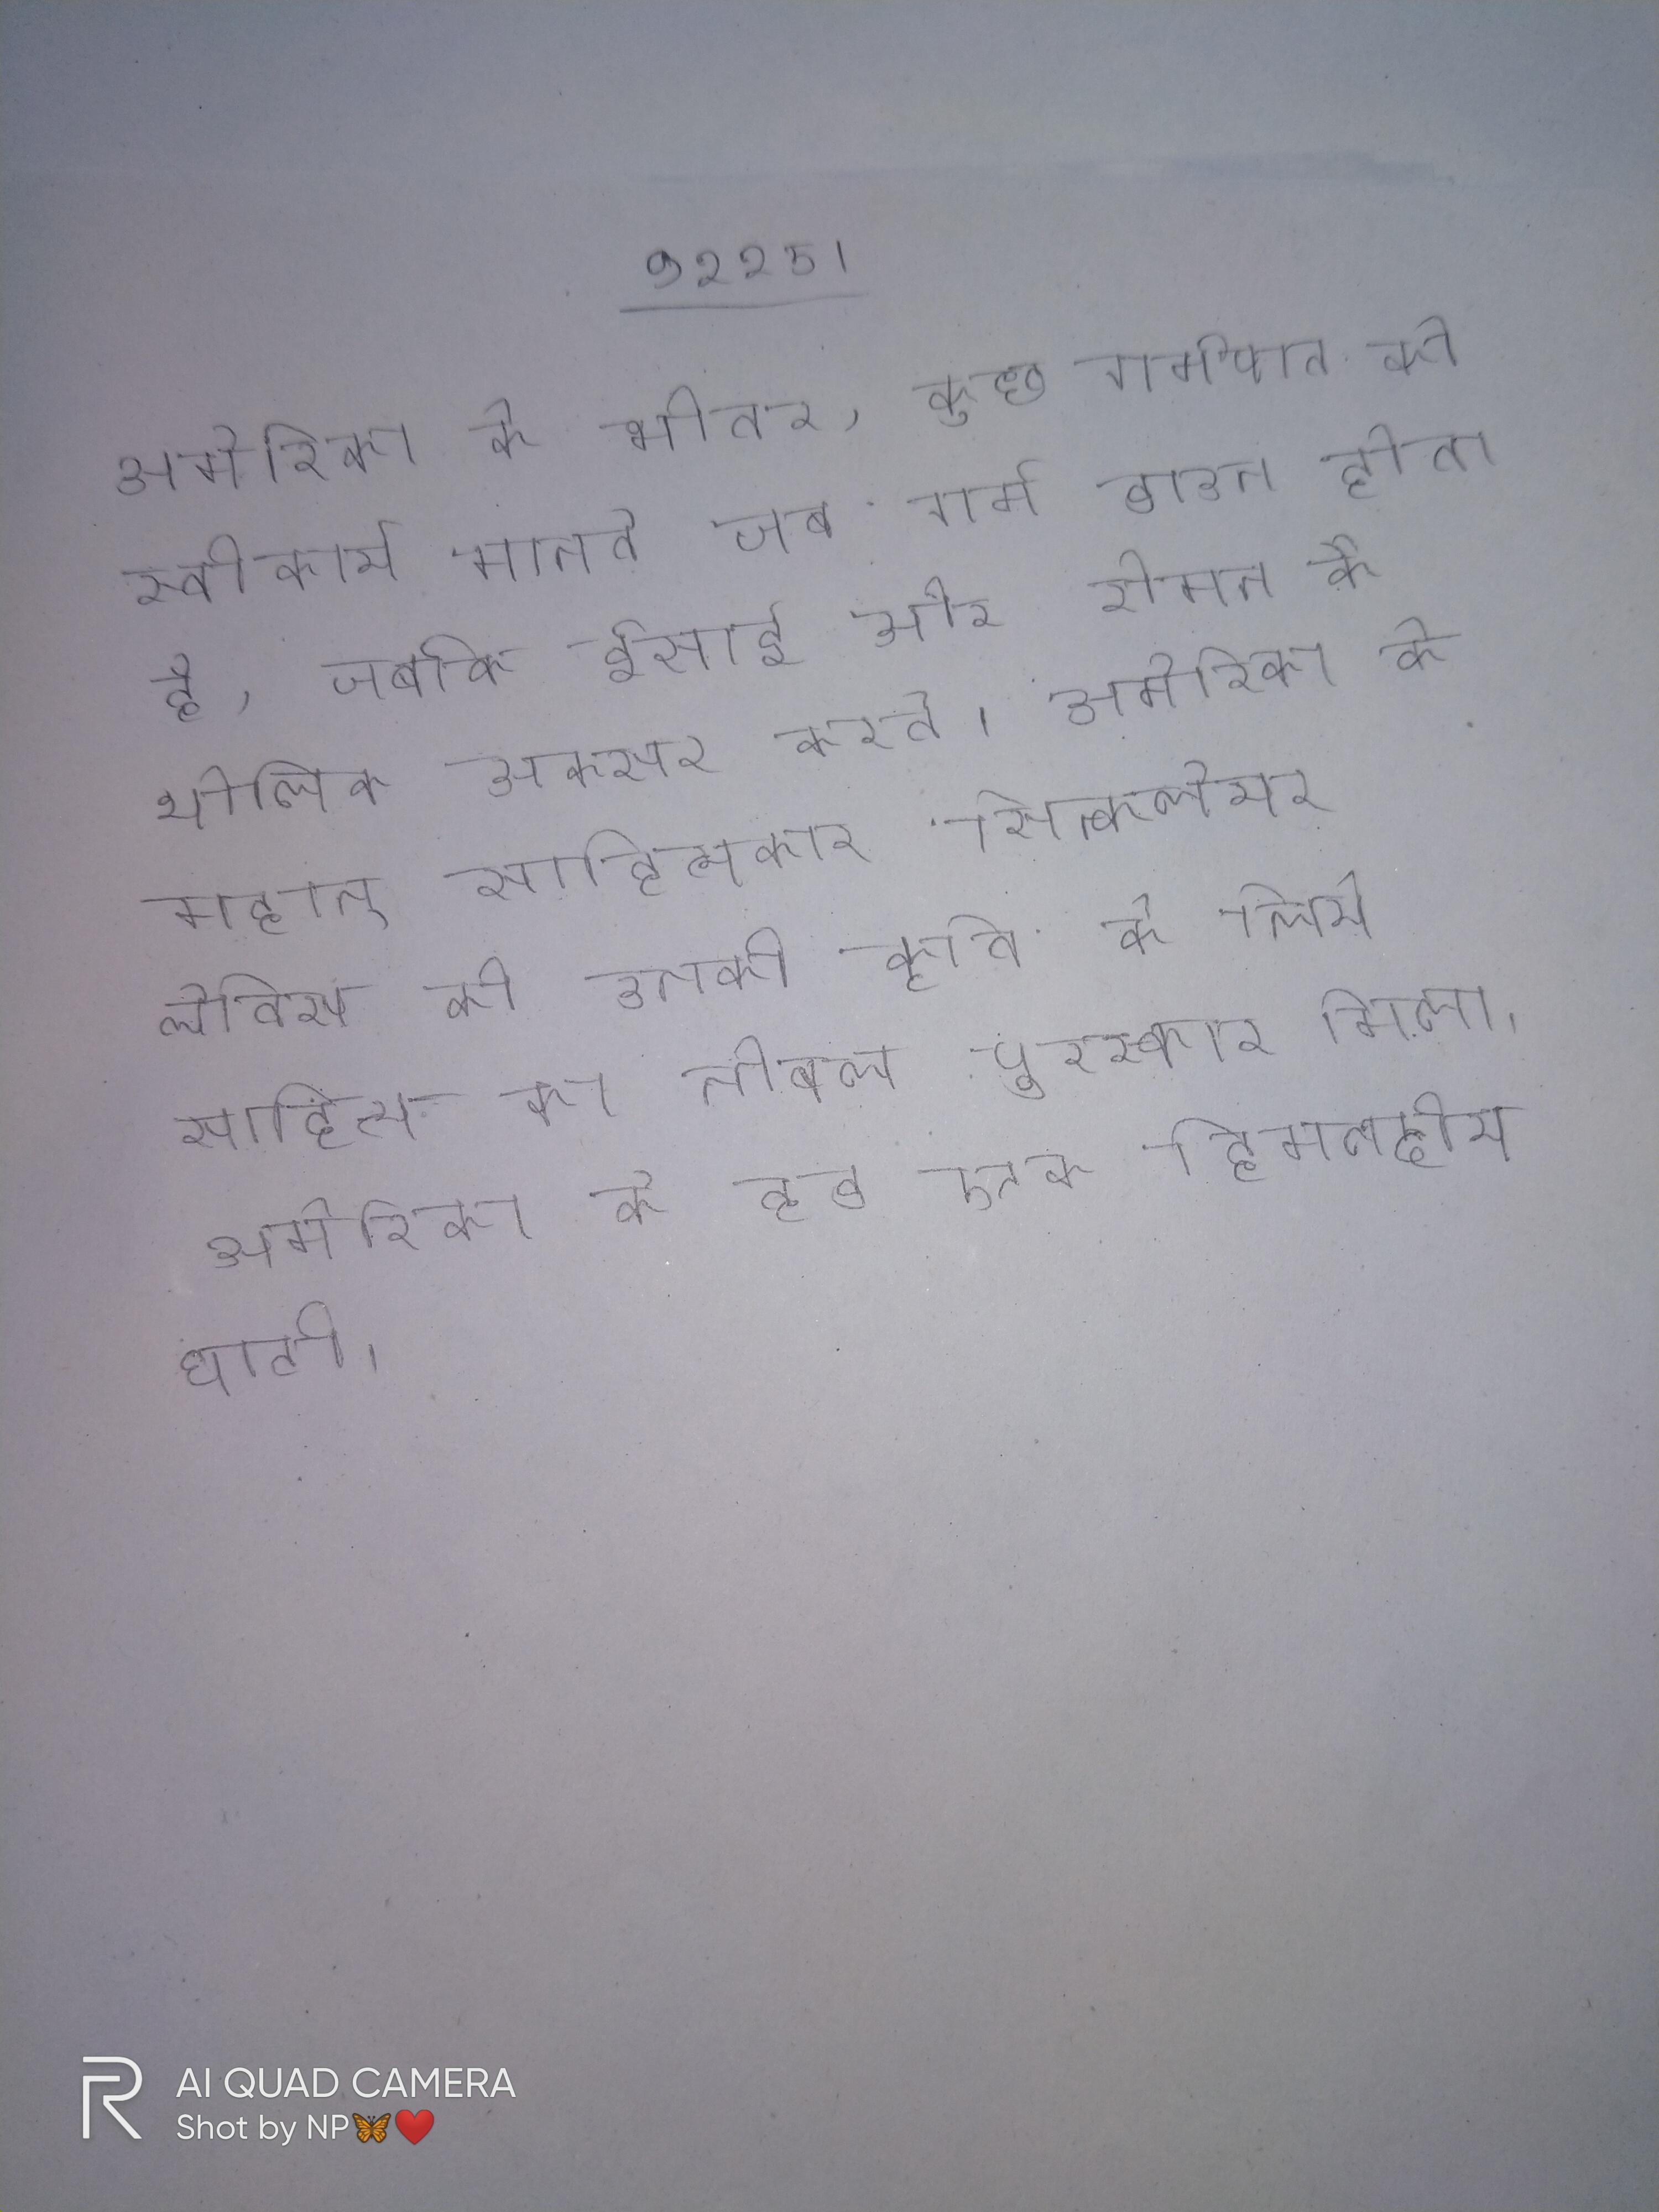
अमेरिका के भीतर, कुछ गर्भपात को स्वीकार्य मानते जब गर्भ डाउन होता है, जबकि ईसाई और रोमन कैथोलिक अक्सर करते । अमेरिका के महान् साहित्यकार सिन्क्लेयर लेविस को उनकी कृति के लिये साहित्य का नोबल पुरस्कार मिला । अमेरिका के हुड एक हिमनदीय घाटी ।